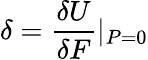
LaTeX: \delta=\frac{\delta{U}}{\delta{F}}\textbar{_{P=0}}